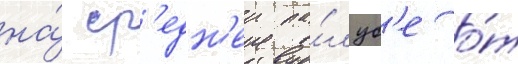
на́ ср'едн'еи па́луб'е о́т